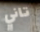
تاني